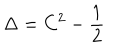
\Delta = C ^ { 2 } - { \frac { 1 } { 2 } }